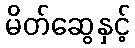
မိတ်ဆွေနှင့်